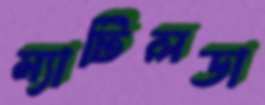
ম্যাটিলডা